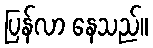
ပြန်လာ နေသည်။